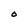
Character: O